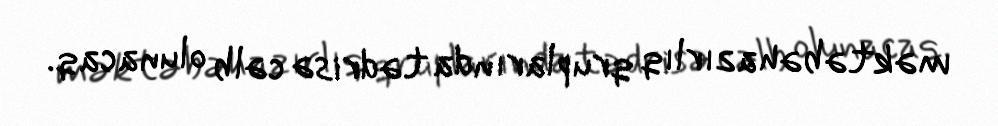
məktəbəhazırlıq qruplarında tədrisə cəlb olunacaq.